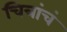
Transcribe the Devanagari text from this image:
चित्रांचं